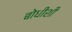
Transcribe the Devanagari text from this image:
बोधीशी